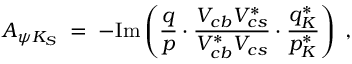
{ \cal A } _ { \psi K _ { S } } \; = \; - \mathrm { I m } \left( \frac { q } { p } \cdot \frac { V _ { c b } V _ { c s } ^ { * } } { V _ { c b } ^ { * } V _ { c s } } \cdot \frac { q _ { K } ^ { * } } { p _ { K } ^ { * } } \right) \; ,